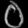
Digit: ၀